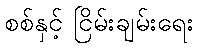
စစ်နှင့် ငြိမ်းချမ်းရေး